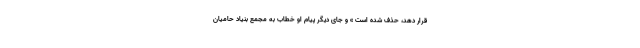
قرار دهد، حذف شده است » و جای دیگر پیام او خطاب به مجمع بنیاد حامیان